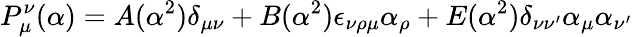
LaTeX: P_{\mu}^{\nu}(\alpha)=A(\alpha^{2})\delta_{\mu\nu}+B(\alpha^{2})\epsilon_{\nu\rho\mu}\alpha_{\rho}+E(\alpha^{2})\delta_{\nu\nu^{\prime}}\alpha_{\mu}\alpha_{\nu^{\prime}}